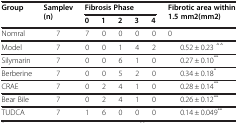
| Group | Samplev (n) | <COLSPAN=5> Fibrosis Phase | Fibrotic area within 1.5 mm2(mm2) |
 |  |  | 0 | 1 | 2 | 3 | 4 |  |
 | --- | --- | --- | --- | --- | --- | --- | --- |
 | Nomral | 7 | 7 | 0 | 0 | 0 | 0 | 0 |
 | Model | 7 | 0 | 0 | 1 | 4 | 2 | 0.52 ± 0.23 △△ |
 | Silymarin | 7 | 0 | 0 | 6 | 1 | 0 | 0.27 ± 0.10** |
 | Berberine | 7 | 0 | 0 | 5 | 2 | 0 | 0.34 ± 0.18* |
 | CRAE | 7 | 0 | 2 | 4 | 1 | 0 | 0.28 ± 0.14** |
 | Bear Bile | 7 | 0 | 2 | 4 | 1 | 0 | 0.26 ± 0.12** |
 | TUDCA | 7 | 1 | 6 | 0 | 0 | 0 | 0.14 ± 0.049** |